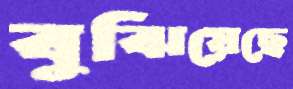
বুঝিয়েছে